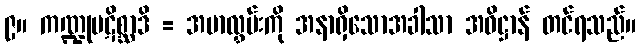
၉။ ကဏ္ဍုပဋိစ္ဆာဒိ = အမာလွှမ်းကို အနာရှိသောအခါသာ အဓိဋ္ဌာန် တင်ရသည်။